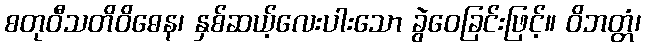
စတုဝီသတိဝိဓေန၊ နှစ်ဆယ့်လေးပါးသော ခွဲဝေခြင်းဖြင့်။ ဝိဘတ္တံ၊